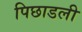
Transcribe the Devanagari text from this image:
पिछाडली